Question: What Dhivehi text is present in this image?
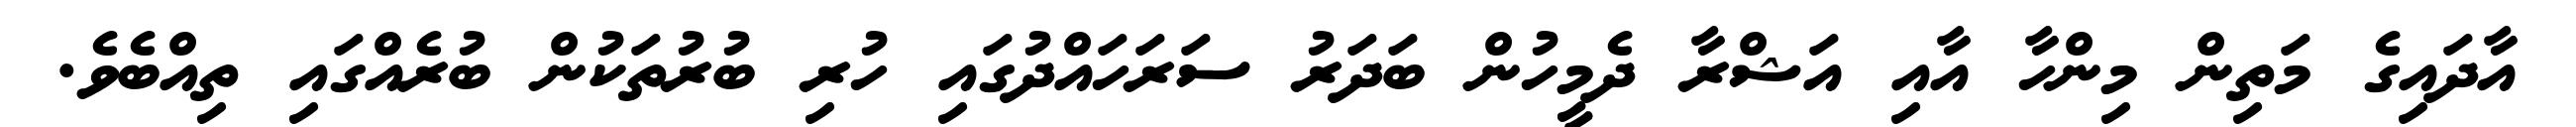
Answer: އާދައިގެ މަތިން މިންހާ އާއި އަޝްރާ ދެމީހުން ބަދަރު ސަރަހައްދުގައި ހުރި ބުރުތަކުން ބުރެއްގައި ތިއްބެވެ.